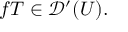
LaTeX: f T \in { \mathcal { D } } ^ { \prime } ( U ) .